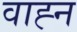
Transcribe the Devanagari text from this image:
वाह्न